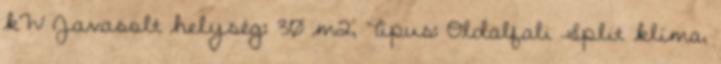
kW Javasolt helység: 30 m2, Típus: Oldalfali Split klíma,